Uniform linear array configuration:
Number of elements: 4
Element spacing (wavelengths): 1
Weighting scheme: exponential
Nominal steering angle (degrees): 15
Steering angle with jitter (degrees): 15.31
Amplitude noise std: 0.05
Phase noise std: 0.05

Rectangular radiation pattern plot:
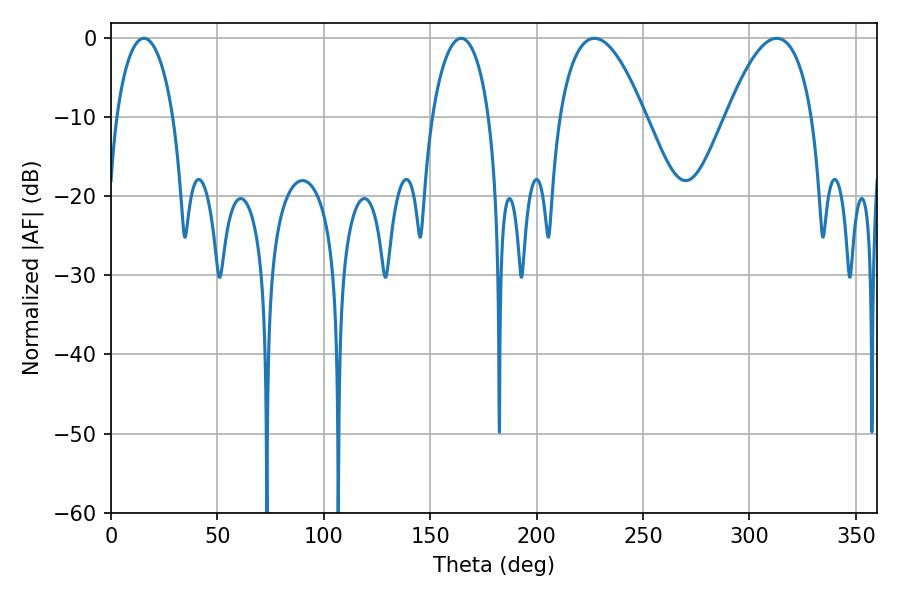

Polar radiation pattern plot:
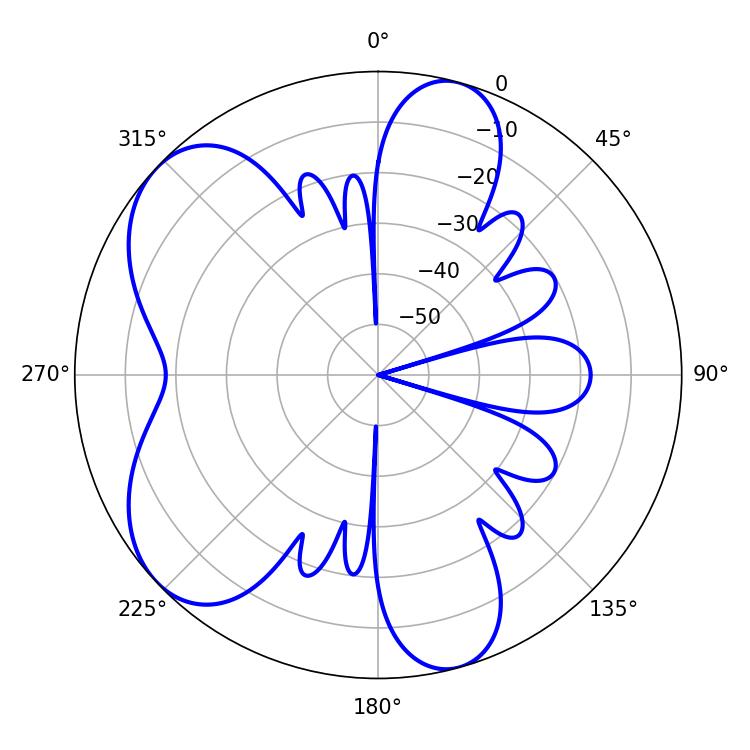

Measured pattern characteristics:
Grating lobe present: TRUE
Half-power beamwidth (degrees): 22.32
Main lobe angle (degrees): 227.16